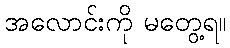
အလောင်းကို မတွေ့ရ။